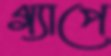
গ্যাপে